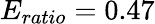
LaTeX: E_{ratio}=0.47